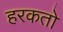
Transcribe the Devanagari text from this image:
हरकतो